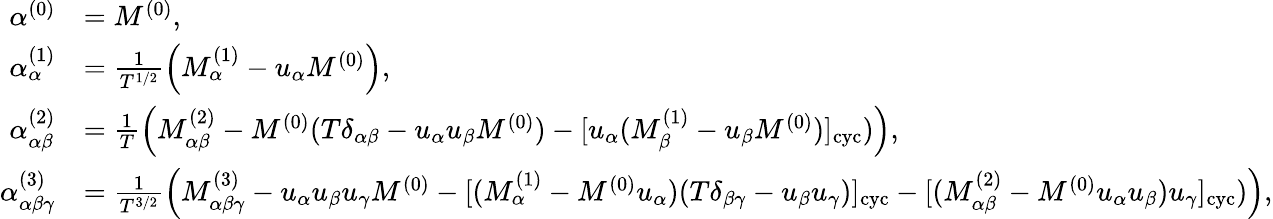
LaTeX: \begin{array}{rl}{\alpha^{(0)}}&{=M^{(0)},}\\ {\alpha_{\alpha}^{(1)}}&{=\frac{1}{T^{1/2}}\left(M_{\alpha}^{(1)}-u_{\alpha}M^{(0)}\right),}\\ {\alpha_{\alpha\beta}^{(2)}}&{=\frac{1}{T}\left(M_{\alpha\beta}^{(2)}-M^{(0)}(T\delta_{\alpha\beta}-u_{\alpha}u_{\beta}M^{(0)})-[u_{\alpha}(M_{\beta}^{(1)}-u_{\beta}M^{(0)})]_{\mathrm{cyc}})\right),}\\ {\alpha_{\alpha\beta\gamma}^{(3)}}&{=\frac{1}{T^{3/2}}\left(M_{\alpha\beta\gamma}^{(3)}-u_{\alpha}u_{\beta}u_{\gamma}M^{(0)}-[(M_{\alpha}^{(1)}-M^{(0)}u_{\alpha})(T\delta_{\beta\gamma}-u_{\beta}u_{\gamma})]_{\mathrm{cyc}}-[(M_{\alpha\beta}^{(2)}-M^{(0)}u_{\alpha}u_{\beta})u_{\gamma}]_{\mathrm{cyc}})\right),}\end{array}